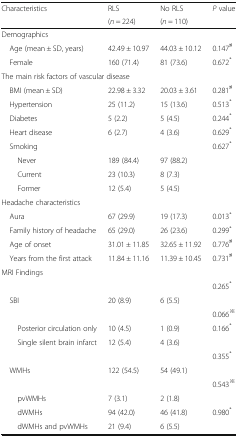
<table><thead><tr><td rowspan="2"><b>Characteristics</b></td><td><b>RLS</b></td><td><b>No RLS</b></td><td rowspan="2"><b><i>P</i> value</b></td></tr><tr><td><b>(<i>n</i> = 224)</b></td><td><b>(<i>n</i> = 110)</b></td></tr></thead><tbody><tr><td colspan="4">Demographics</td></tr><tr><td> Age (mean ± SD, years)</td><td>42.49 ± 10.97</td><td>44.03 ± 10.12</td><td>0.147<sup>♯</sup></td></tr><tr><td> Female</td><td>160 (71.4)</td><td>81 (73.6)</td><td>0.672<sup>*</sup></td></tr><tr><td colspan="4">The main risk factors of vascular disease</td></tr><tr><td> BMI (mean ± SD)</td><td>22.98 ± 3.32</td><td>20.03 ± 3.61</td><td>0.281<sup>♯</sup></td></tr><tr><td> Hypertension</td><td>25 (11.2)</td><td>15 (13.6)</td><td>0.513<sup>*</sup></td></tr><tr><td> Diabetes</td><td>5 (2.2)</td><td>5 (4.5)</td><td>0.244<sup>*</sup></td></tr><tr><td> Heart disease</td><td>6 (2.7)</td><td>4 (3.6)</td><td>0.629<sup>*</sup></td></tr><tr><td> Smoking</td><td></td><td></td><td>0.627<sup>*</sup></td></tr><tr><td>Never</td><td>189 (84.4)</td><td>97 (88.2)</td><td></td></tr><tr><td>Current</td><td>23 (10.3)</td><td>8 (7.3)</td><td></td></tr><tr><td>Former</td><td>12 (5.4)</td><td>5 (4.5)</td><td></td></tr><tr><td colspan="4">Headache characteristics</td></tr><tr><td> Aura</td><td>67 (29.9)</td><td>19 (17.3)</td><td>0.013<sup>*</sup></td></tr><tr><td> Family history of headache</td><td>65 (29.0)</td><td>26 (23.6)</td><td>0.299<sup>*</sup></td></tr><tr><td> Age of onset</td><td>31.01 ± 11.85</td><td>32.65 ± 11.92</td><td>0.776<sup>♯</sup></td></tr><tr><td> Years from the first attack</td><td>11.84 ± 11.16</td><td>11.39 ± 10.45</td><td>0.731<sup>♯</sup></td></tr><tr><td colspan="4">MRI Findings</td></tr><tr><td></td><td></td><td></td><td>0.265<sup>*</sup></td></tr><tr><td> SBI</td><td>20 (8.9)</td><td>6 (5.5)</td><td></td></tr><tr><td></td><td></td><td></td><td>0.066<sup>※</sup></td></tr><tr><td>Posterior circulation only</td><td>10 (4.5)</td><td>1 (0.9)</td><td>0.166<sup>*</sup></td></tr><tr><td>Single silent brain infarct</td><td>12 (5.4)</td><td>4 (3.6)</td><td></td></tr><tr><td></td><td></td><td></td><td>0.355<sup>*</sup></td></tr><tr><td> WMHs</td><td>122 (54.5)</td><td>54 (49.1)</td><td></td></tr><tr><td></td><td></td><td></td><td>0.543<sup>※</sup></td></tr><tr><td>pvWMHs</td><td>7 (3.1)</td><td>2 (1.8)</td><td></td></tr><tr><td>dWMHs</td><td>94 (42.0)</td><td>46 (41.8)</td><td>0.980<sup>*</sup></td></tr><tr><td>dWMHs and pvWMHs</td><td>21 (9.4)</td><td>6 (5.5)</td><td></td></tr></tbody></table>